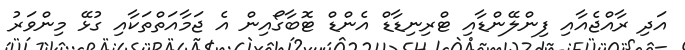
އަދި ރާއްޖެއާއި ފިންލޭންޑާއި ޓްރިނިޑާޑް އެންޑް ޓޮބާގޯއިން އެ ޖަމާއަތްތަކާއި ގުޅޭ މިންވަރު